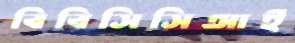
বিবিসিসিআই